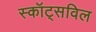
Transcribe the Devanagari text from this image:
स्कॉट्सविल